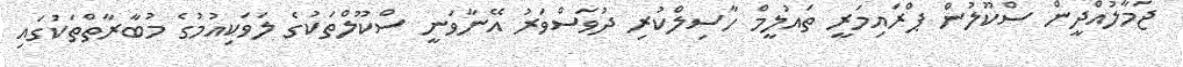
ޖަމާލުއްދީން ސްކޫލުން ޕްރައިމަރީ ތައުލީމް ހާސިލްކުރި ދުވަސްވަރު އޭނާވަނީ ސްކޫލްތަކުގެ ލަވަކިއުމުގެ މުބާރާތްތަކުގައި